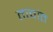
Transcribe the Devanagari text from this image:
तत्वांत